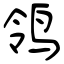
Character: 鸰